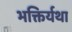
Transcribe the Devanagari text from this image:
भक्तिर्यथा